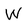
Character: W